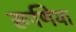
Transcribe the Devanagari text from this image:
रूणिया